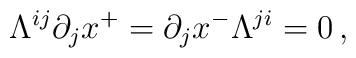
\Lambda^{ij}\partial_jx^+=\partial_jx^-\Lambda^{ji}=0\,,